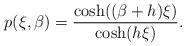
LaTeX: \begin{align*}p(\xi,\beta) = \frac{\cosh((\beta+h)\xi)}{\cosh(h\xi)}.\end{align*}